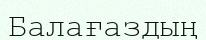
Балағаздың